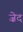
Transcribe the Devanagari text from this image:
ज़ेद